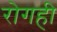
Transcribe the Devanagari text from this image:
रोगही